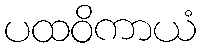
ပထဝိကာယံ